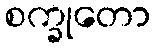
စက္ခုတော